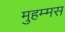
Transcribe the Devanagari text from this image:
मुहम्मस